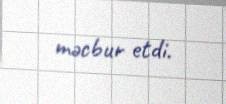
məcbur etdi.